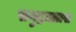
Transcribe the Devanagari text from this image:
समुद्रतळास